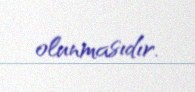
olunmasıdır.